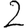
Digit: 2